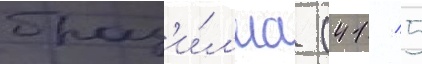
браз'и́л'иа (41 / 5